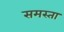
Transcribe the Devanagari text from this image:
समस्ता